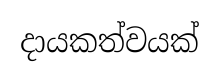
දායකත්වයක්